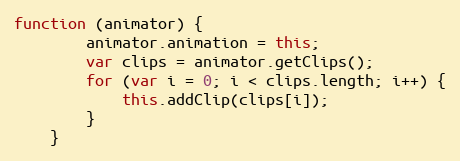
Language: JavaScript
function (animator) {
        animator.animation = this;
        var clips = animator.getClips();
        for (var i = 0; i < clips.length; i++) {
            this.addClip(clips[i]);
        }
    }